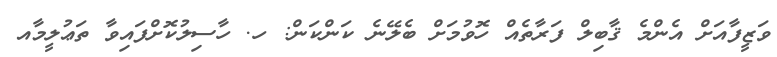
ވަޒީފާއަށް އެންމެ ޤާބިލް ފަރާތެއް ހޮވުމަށް ބެލޭނެ ކަންކަން: ހ. ހާސިލުކޮށްފައިވާ ތަޢުލީމާއ